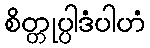
စိတ္တုပ္ပါဒံပါဟံ